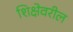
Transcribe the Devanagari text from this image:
शिक्षेवरील